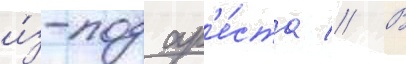
и́з-под ар'е́ста // В